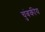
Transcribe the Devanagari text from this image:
चंुबकीय